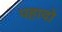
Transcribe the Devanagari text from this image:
पहादो